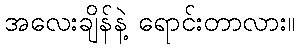
အလေးချိန်နဲ့ ရောင်းတာလား။